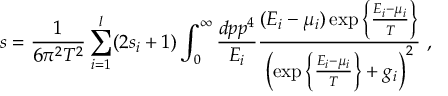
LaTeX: s = { \frac { 1 } { 6 \pi ^ { 2 } T ^ { 2 } } } \sum _ { i = 1 } ^ { l } ( 2 s _ { i } + 1 ) \int _ { 0 } ^ { \infty } { \frac { d p p ^ { 4 } } { E _ { i } } } { \frac { ( E _ { i } - \mu _ { i } ) \exp \left\{ { \frac { E _ { i } - \mu _ { i } } { T } } \right\} } { \left( \exp \left\{ { \frac { E _ { i } - \mu _ { i } } { T } } \right\} + g _ { i } \right) ^ { 2 } } } \ ,